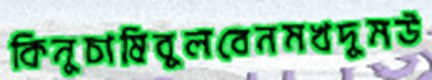
কিনুচাষিবুলবেনমখদুমউ